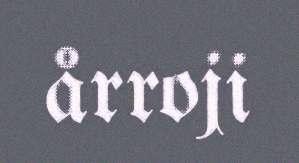
årroji